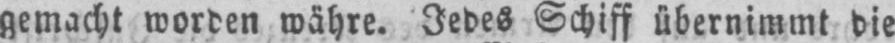
gemacht worden währe. Jedes Schiff übernimmt die